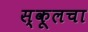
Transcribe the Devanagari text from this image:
स्कूलचा